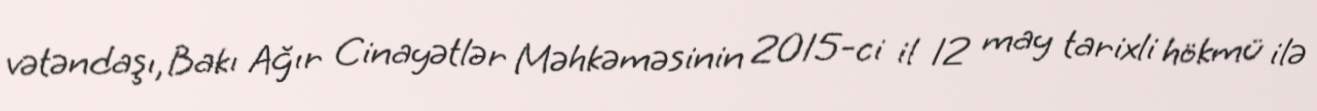
vətəndaşı, Bakı Ağır Cinayətlər Məhkəməsinin 2015-ci il 12 may tarixli hökmü ilə